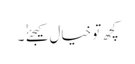
کچھ تو خیال کیجئےٰ ٰ ۔